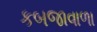
કબજાવાળા